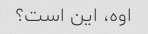
اوه، این است؟